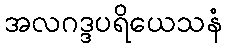
အလဂဒ္ဒပရိယေသနံ